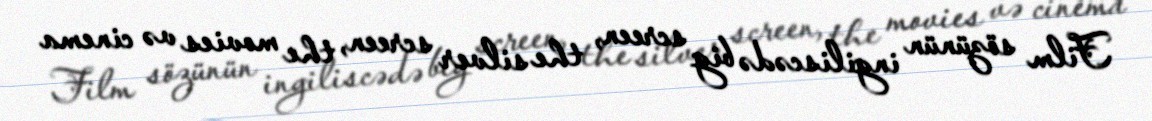
Film sözünün ingiliscədə big screen, the silver screen, the movies və cinema